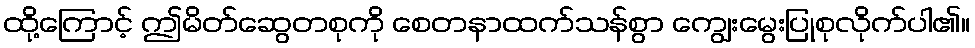
ထို့ကြောင့် ဤမိတ်ဆွေတစုကို စေတနာထက်သန်စွာ ကျွေးမွေးပြုစုလိုက်ပါ၏။